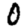
Digit: 0